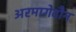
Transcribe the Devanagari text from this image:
अरमागेदौन